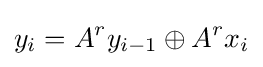
y_{i}=A^{r}y_{i-1}\oplus A^{r}x_{i}